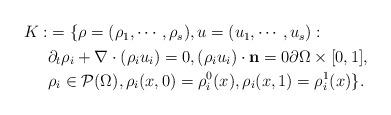
LaTeX: \begin{align*}\begin{aligned} K: & = \{\rho=(\rho_1, \cdots, \rho_s), u=(u_1, \cdots, u_s):\\ & \partial_t \rho_i +\nabla\cdot(\rho_i u_i)=0, (\rho_iu_i)\cdot \mathbf{n} = 0 \partial \Omega \times [0, 1],\\ & \rho_i\in \mathcal{P}(\Omega), \rho_i(x,0)=\rho_i^0(x), \rho_i( x,1)=\rho_i^1(x) \}. \end{aligned}\end{align*}